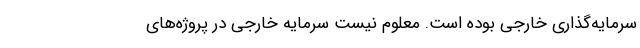
سرمایه‌گذاری خارجی بوده است. معلوم نیست سرمایه خارجی در پروژه‌های